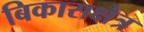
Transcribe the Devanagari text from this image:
बिकासक्षेत्र